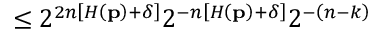
\leq 2 ^ { 2 n \left[ H \left( \mathbf { p } \right) + \delta \right] } 2 ^ { - n \left[ H \left( \mathbf { p } \right) + \delta \right] } 2 ^ { - \left( n - k \right) }